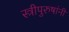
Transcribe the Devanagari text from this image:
स्त्रीपुरुषांनी